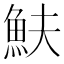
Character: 𩵩